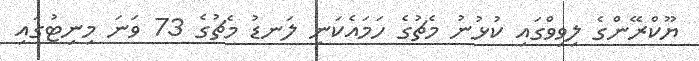
ޔޫކްރޭންގެ ލިވިވްގައި ކުޅުނު މެޗުގެ ހަމައެކަނި ލަނޑު މެޗުގެ 73 ވަނަ މިނިޓުގައި